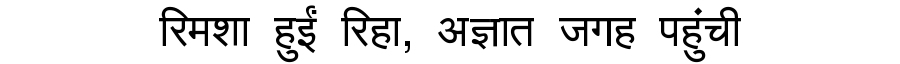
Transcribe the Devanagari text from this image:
रिमशा हुईं रिहा, अज्ञात जगह पहुंची